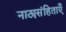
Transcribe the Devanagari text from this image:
नाट्यसंहिताएँ